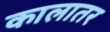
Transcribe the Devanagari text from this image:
कालातर